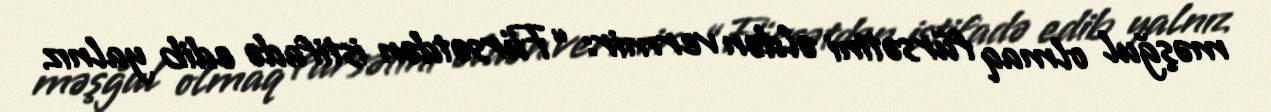
məşğul olmaq fürsətini əldən vermir: “Fürsətdən istifadə edib yalnız